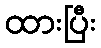
ထားပြီး